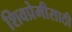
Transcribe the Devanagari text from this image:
शिवप्रेमीसाठी